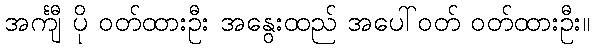
အင်္ကျီ ပို ဝတ်ထားဦး အနွေးထည် အပေါ်ဝတ် ဝတ်ထားဦး။